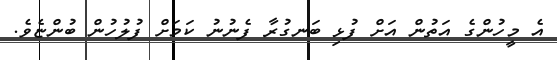
އެ މީހުންގެ އަތުން އަށް ފުޅި ބަނގުރާ ފެނުނު ކަމަށް ފުލުހުން ބުންޏެވެ.